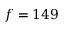
f = 1 4 9